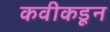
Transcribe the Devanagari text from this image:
कवीकडून